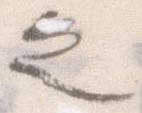
之